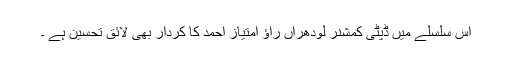
اس سلسلے میں ڈپٹی کمشنر لودھراں راؤ امتیاز احمد کا کردار بھی لائق تحسین ہے ۔